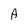
Character: A